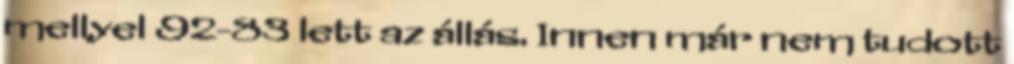
mellyel 92-83 lett az állás. Innen már nem tudott